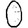
Digit: 0